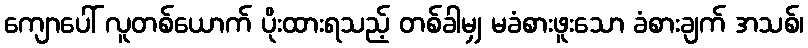
ကျောပေါ် လူတစ်ယောက် ပိုးထားရသည့် တစ်ခါမျှ မခံစားဖူးသော ခံစားချက် အသစ်၊